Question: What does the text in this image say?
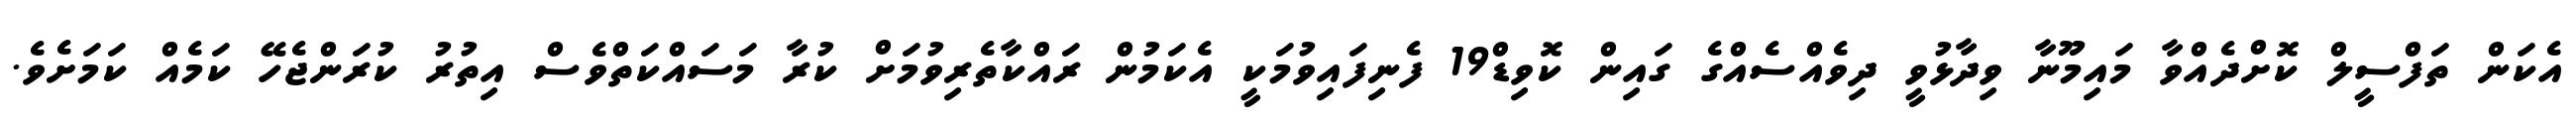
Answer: އެކަން ތަފްސީލް ކޮށްދެއްވާ މައިމޫނާ ވިދާޅުވީ ދިވެއްސެއްގެ ގައިން ކޮވިޑް19 ފެނިފައިވުމަކީ އެކަމުން ރައްކާތެރިވުމަށް ކުރާ މަސައްކަތްވެސް އިތުރު ކުރަންޖެހޭ ކަމެއް ކަމަށެވެ.